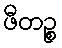
ဖီတဉ္စ